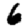
Digit: 6